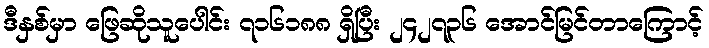
ဒီနှစ်မှာ ဖြေဆိုသူပေါင်း ၇၁၆၁၈၈ ရှိပြီး ၂၄၂၇၃၆ အောင်မြင်တာကြောင့်